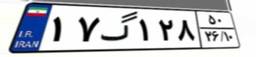
۱۷گ۱۲۸۵۰